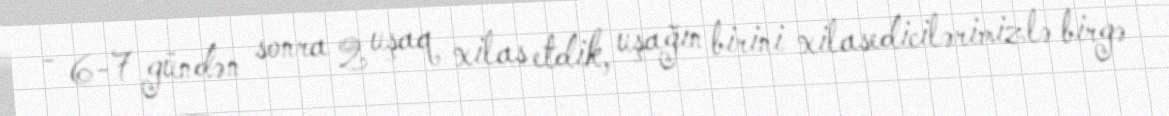
- 6-7 gündən sonra 2 uşaq xilas etdik, uşağın birini xilasedicilərimizlə birgə